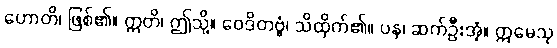
ဟောတိ၊ ဖြစ်၏။ ဣတိ၊ ဤသို့။ ဝေဒိတဗ္ဗံ၊ သိထိုက်၏။ ပန၊ ဆက်ဦးအံ့။ ဣမေသု